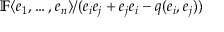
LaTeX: \mathbb { F } \langle e _ { 1 } , \ldots , e _ { n } \rangle / ( e _ { i } e _ { j } + e _ { j } e _ { i } - q ( e _ { i } , e _ { j } ) )